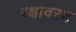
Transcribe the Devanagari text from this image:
रक्षावरण